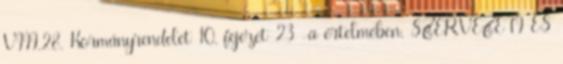
VIII.28. Kormányrendelet 10. fejezet 23 -a értelmében. SZERVEZETI ÉS